NAE_ERA_R-1665_Eesti_Kunstnike_Liit, lk 1
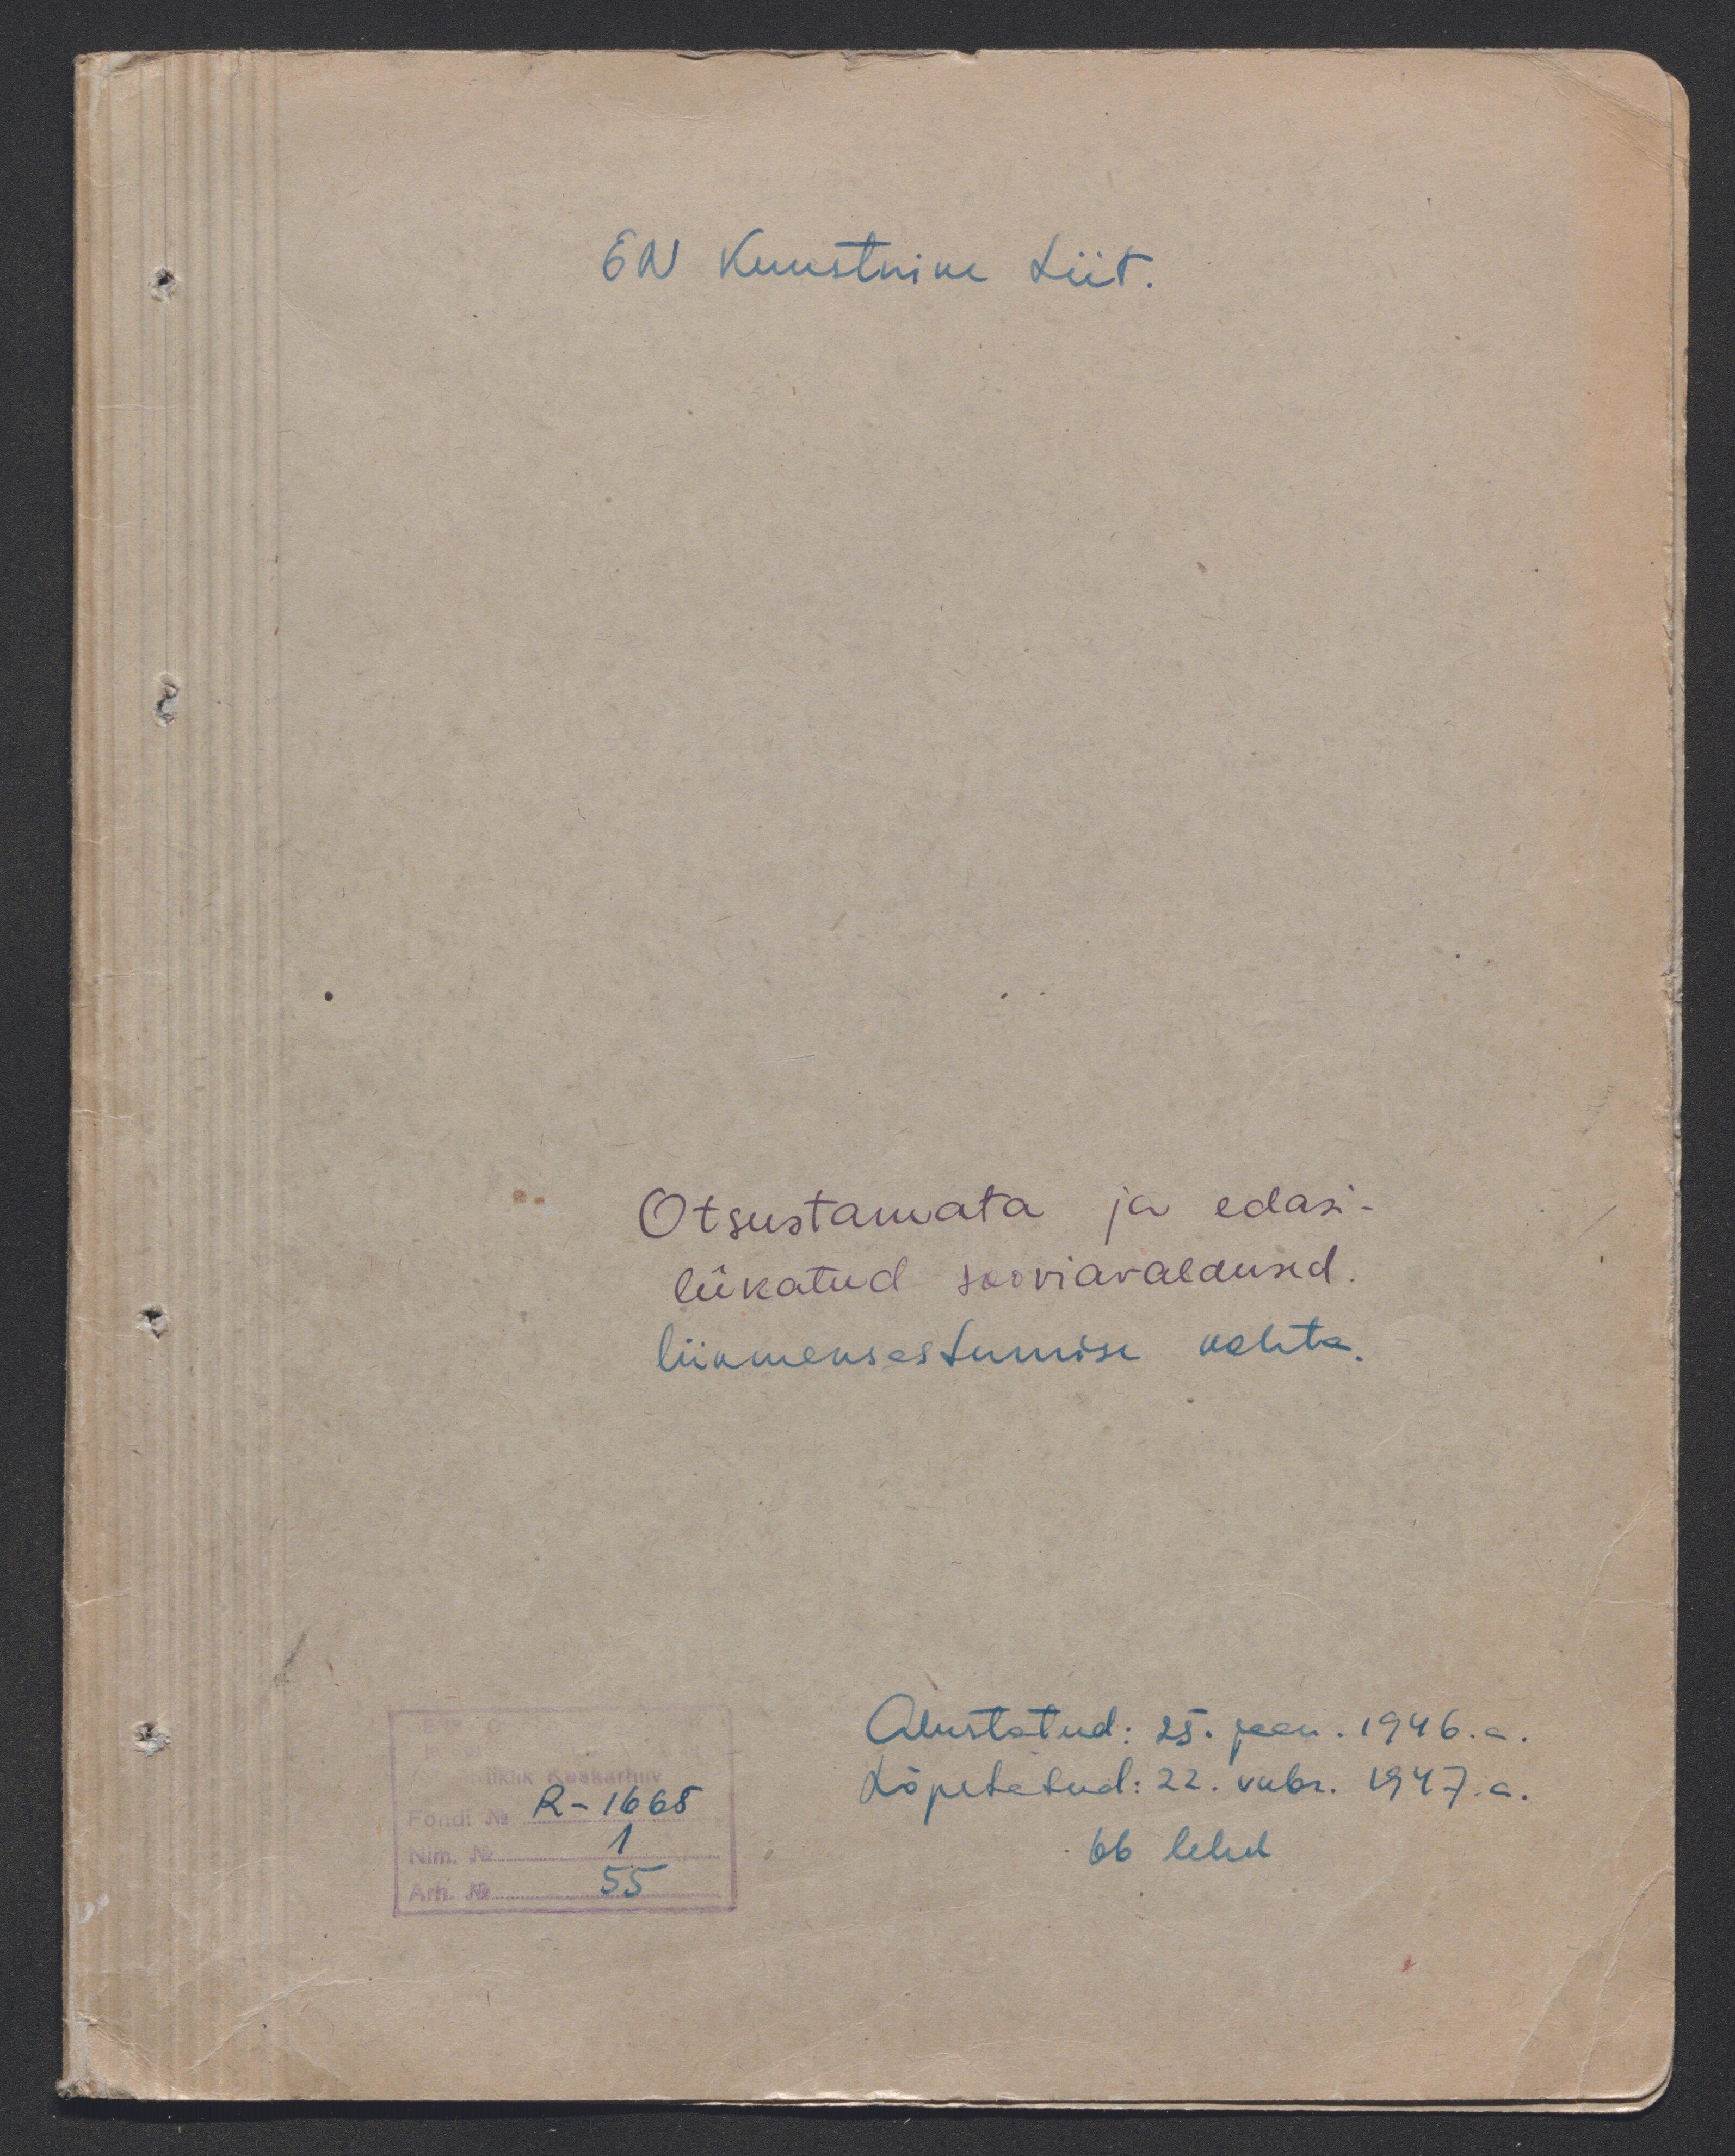
EN Kunstnike Liit.
Otsustamata ja edasi-
lükatud sooviavaldused.
liikmeksastumise kohta.
Alustatud: 25. jaan. 1946.a.
Lõpetatud: 22. veebr. 1947.a.
66 lehel
Fondi No R-1665
Nim. No 1
Arh. No 55